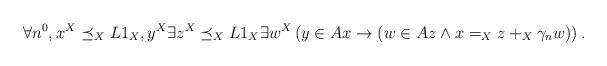
LaTeX: \begin{align*}\forall n^0,x^X\preceq_X L1_X,y^X\exists z^X\preceq_X L1_X\exists w^X\left(y\in Ax\rightarrow (w\in Az\land x=_Xz+_X\gamma_n w)\right).\end{align*}